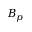
\boldsymbol { B } _ { p }